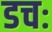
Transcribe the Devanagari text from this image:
डचः